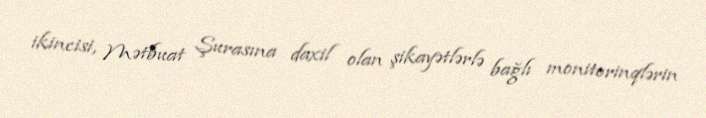
ikincisi, Mətbuat Şurasına daxil olan şikayətlərlə bağlı monitorinqlərin